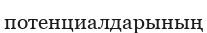
потенциалдарының